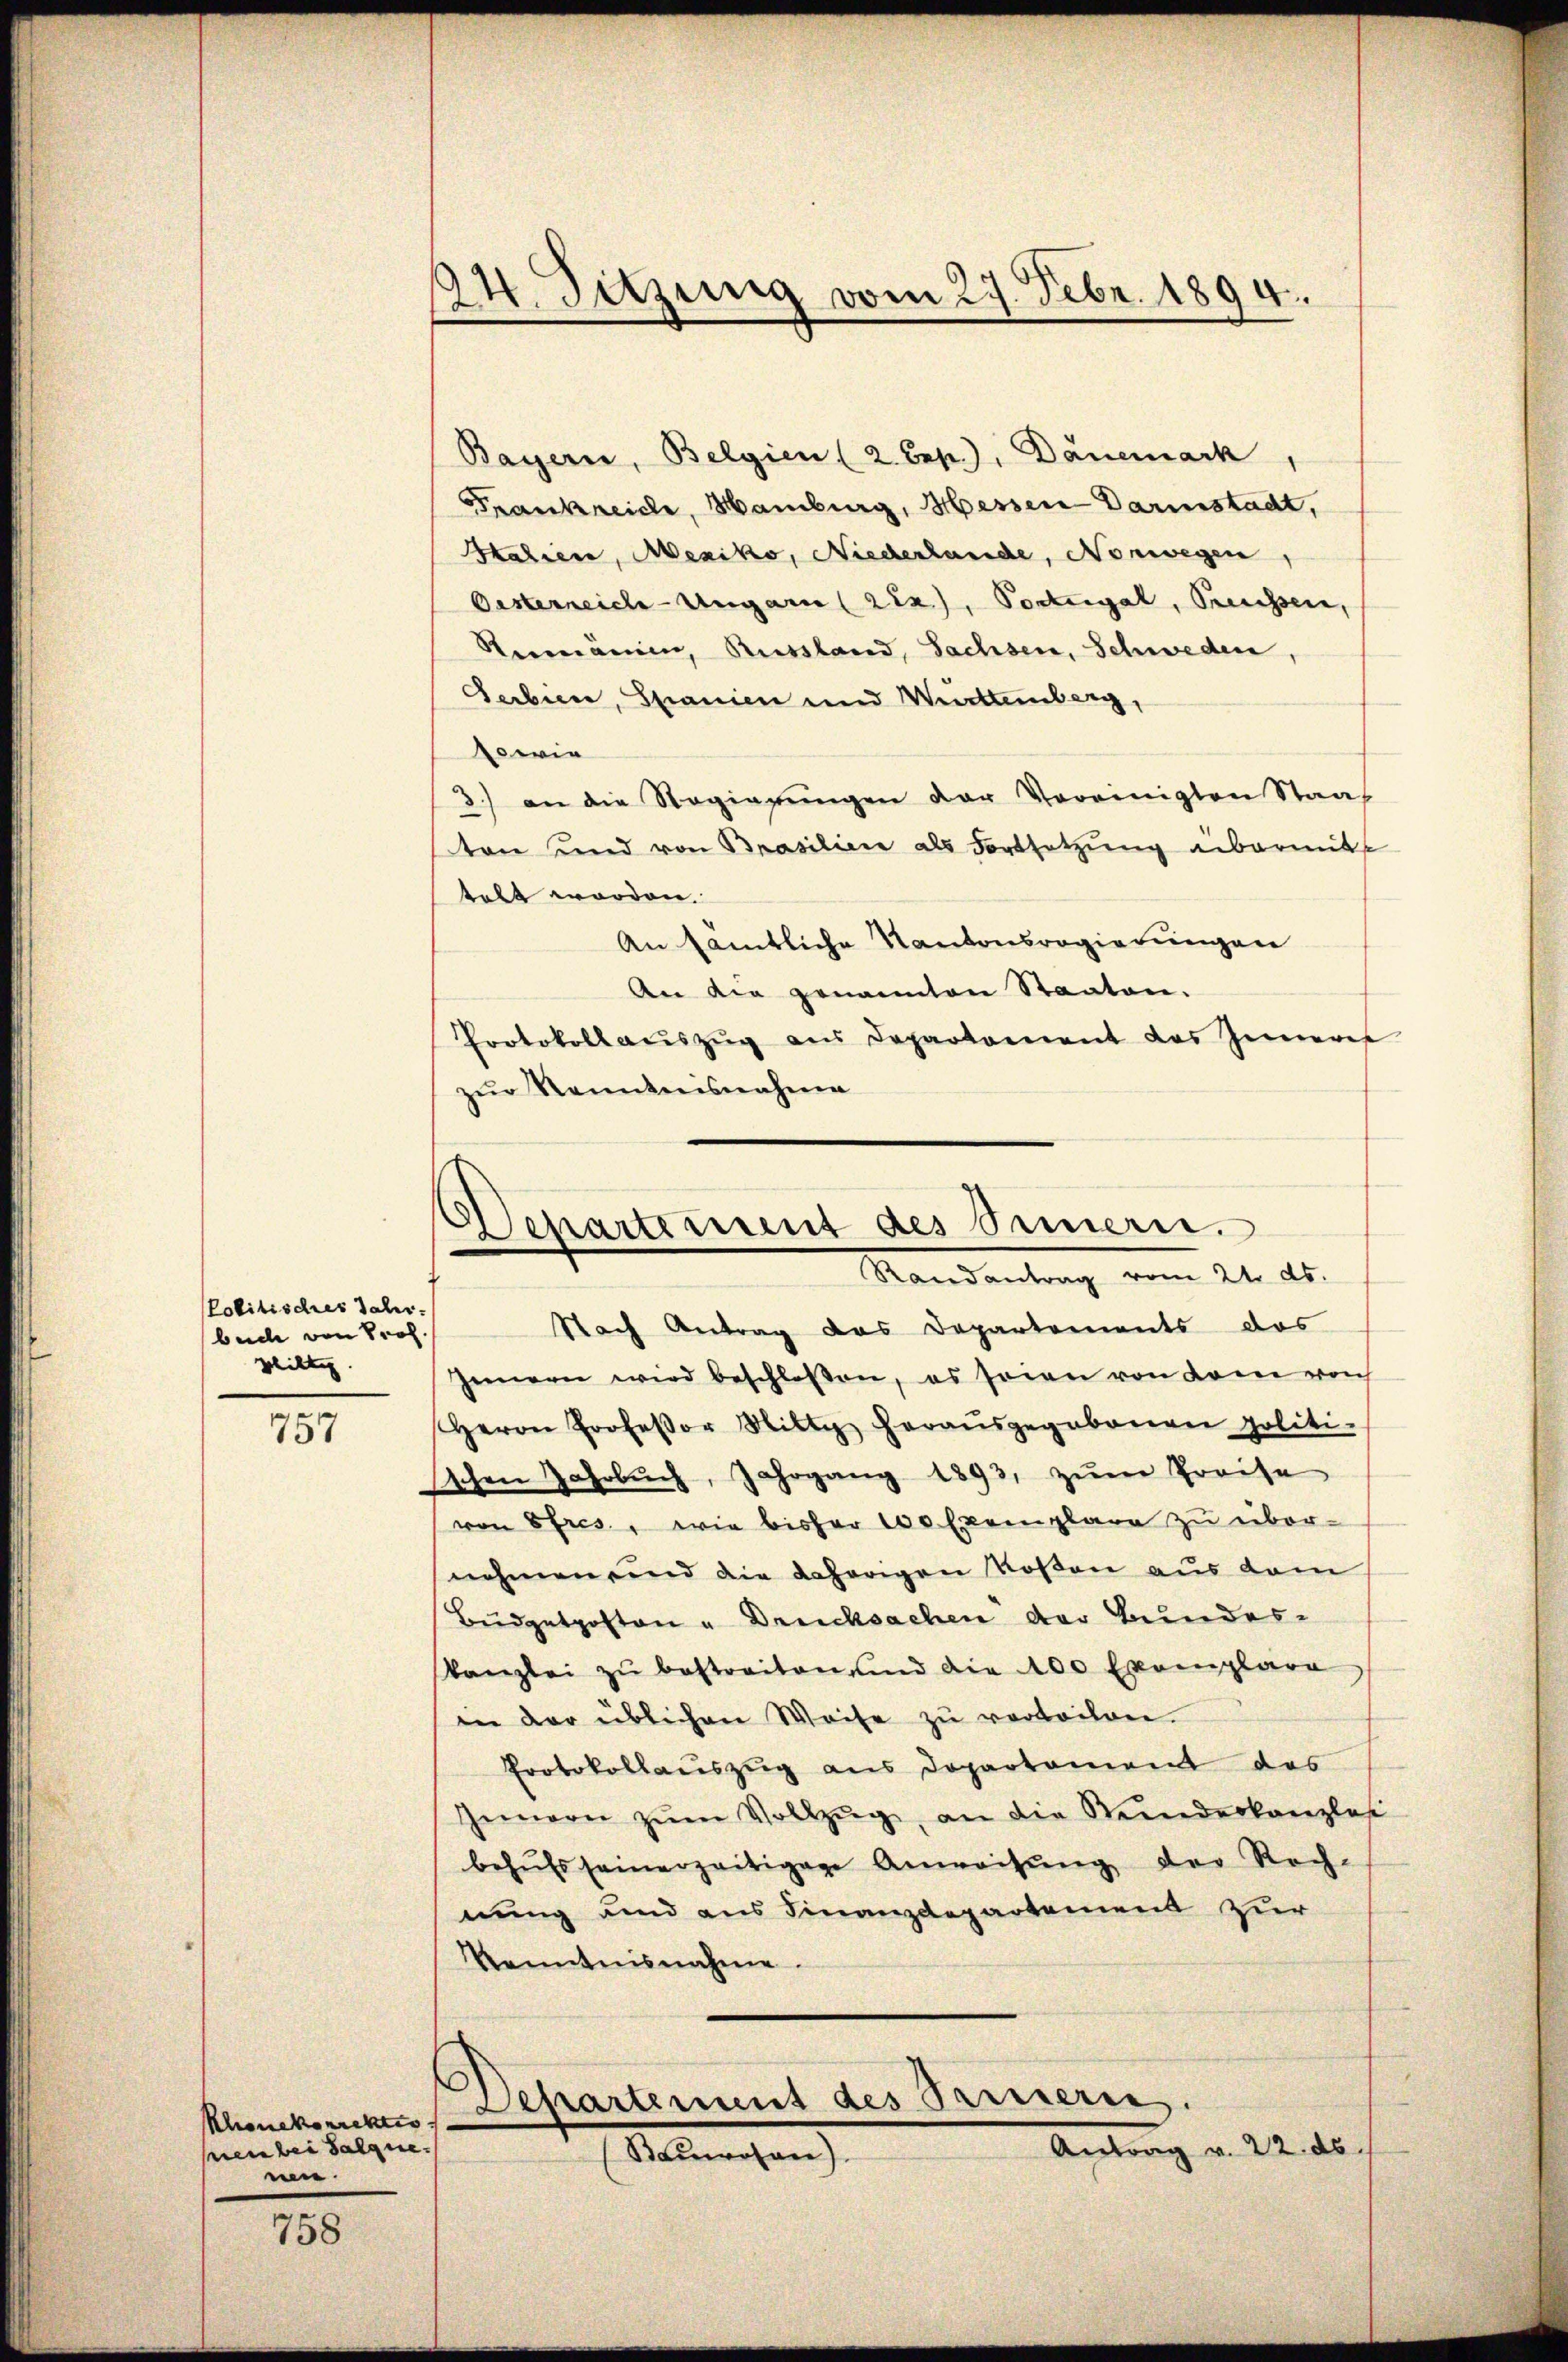
Politisches Jahr.
beide von Prof.
Wiltig.

757

Klonekorrektio
sien bei Salque.
nn

758

24. Sitzung vom 27. Febr. 1894.

Separtement des Simern.
Randantung vom 24. ds.
Nach Antrag das Departements das

Bayern, Belgien (2. Cep.), Dänemark
Frankreiche, Hamburg, Messen Darmstadt,
Skalien, Mexiko, Niederlande, Norwegen,
Oesterreich-Ungarn ( 222), Podegal, Pressen,
Simänien, Russland, Sachsen, Schweden,
Gerbien, Spanien und Wetteinberg,
sowie
3.) an die Regierŭngen der Vereinigten Staat
ten und von Brasilien als Fortsetzung abermitt
talt worden.
An sämtliche Kantonsregierungen
An die genannten Staaten.
Protokoll aŭszŭg an Departement des Innere
zur Kenntensnahme
Innern wird beschloßen, es seien von dem von
Herrn Professor Hilty herausgegebenen politi-
Eschen Jahrbŭch, Jahrgang 1893, zŭm Preise
von Efres, wie bisher 100 Exemplare zu über-
nehmen und die daherigen Rosen aus dem
Büdgetposten u Drucksachen der Bundeskanzlei zŭ bestraiten und die 100 Exemplare
in der üblichen Weise zu verteilen.
Protokollauszug aus Departement das
Innern zŭm Vollzŭg an die Neiderkanzles
behŭfs seinerzeitigene Anweisŭng der Rech-
nung und aus Finanzdepartement zur
Kenntnisnahme.
Lepartement des Prieserie.
Antrag v. 22. ds.
Statuosen).